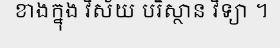
ខាងក្នុង វិស័យ បរិស្ថាន វិទ្យា ។